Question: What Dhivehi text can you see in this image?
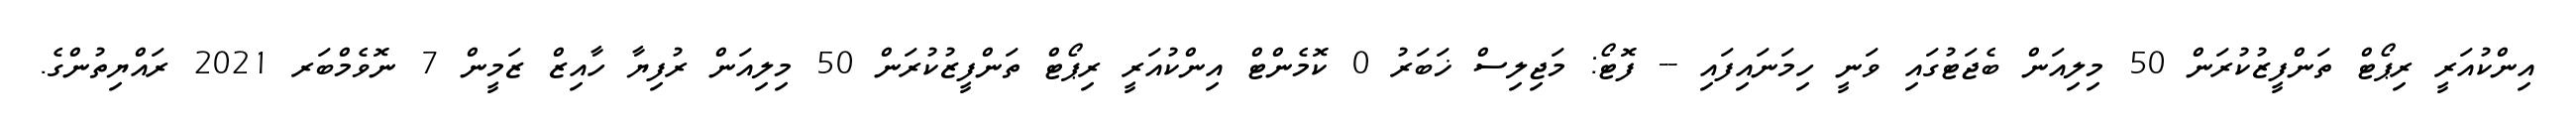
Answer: އިންކުއަރީ ރިޕޯޓް ތަންފީޒުކުރަން 50 މިލިއަން ބެޖަޓުގައި ވަނީ ހިމަނައިފައި -- ފޮޓޯ: މަޖިލިސް ޚަބަރު 0 ކޮމެންޓް އިންކުއަރީ ރިޕޯޓް ތަންފީޒުކުރަން 50 މިލިއަން ރުފިޔާ ހާއިޒް ޒަމީން 7 ނޮވެމްބަރ 2021 ރައްޔިތުންގެ.